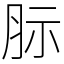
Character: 䏡